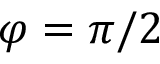
\varphi = \pi / 2